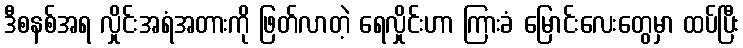
ဒီစနစ်အရ လှိုင်းအရံအတားကို ဖြတ်လာတဲ့ ရေလှိုင်းဟာ ကြားခံ မြောင်းလေးတွေမှာ ထပ်ပြီး